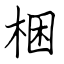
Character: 梱